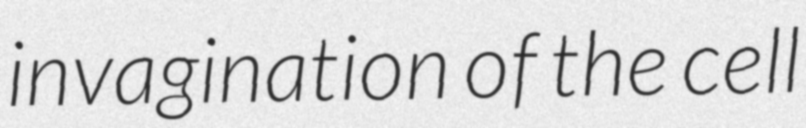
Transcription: invagination of the cell